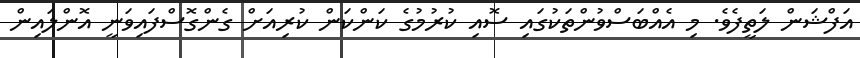
އަފްޝަން ލަތީފެވެ. މި އެއްބަސްވުންތަކުގައި ސޮއި ކުރުމުގެ ކަންކަން ކުރިއަށް ގެންގޮސްފައިވަނީ އޮންލައިން